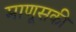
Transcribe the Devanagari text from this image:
माणूसकी